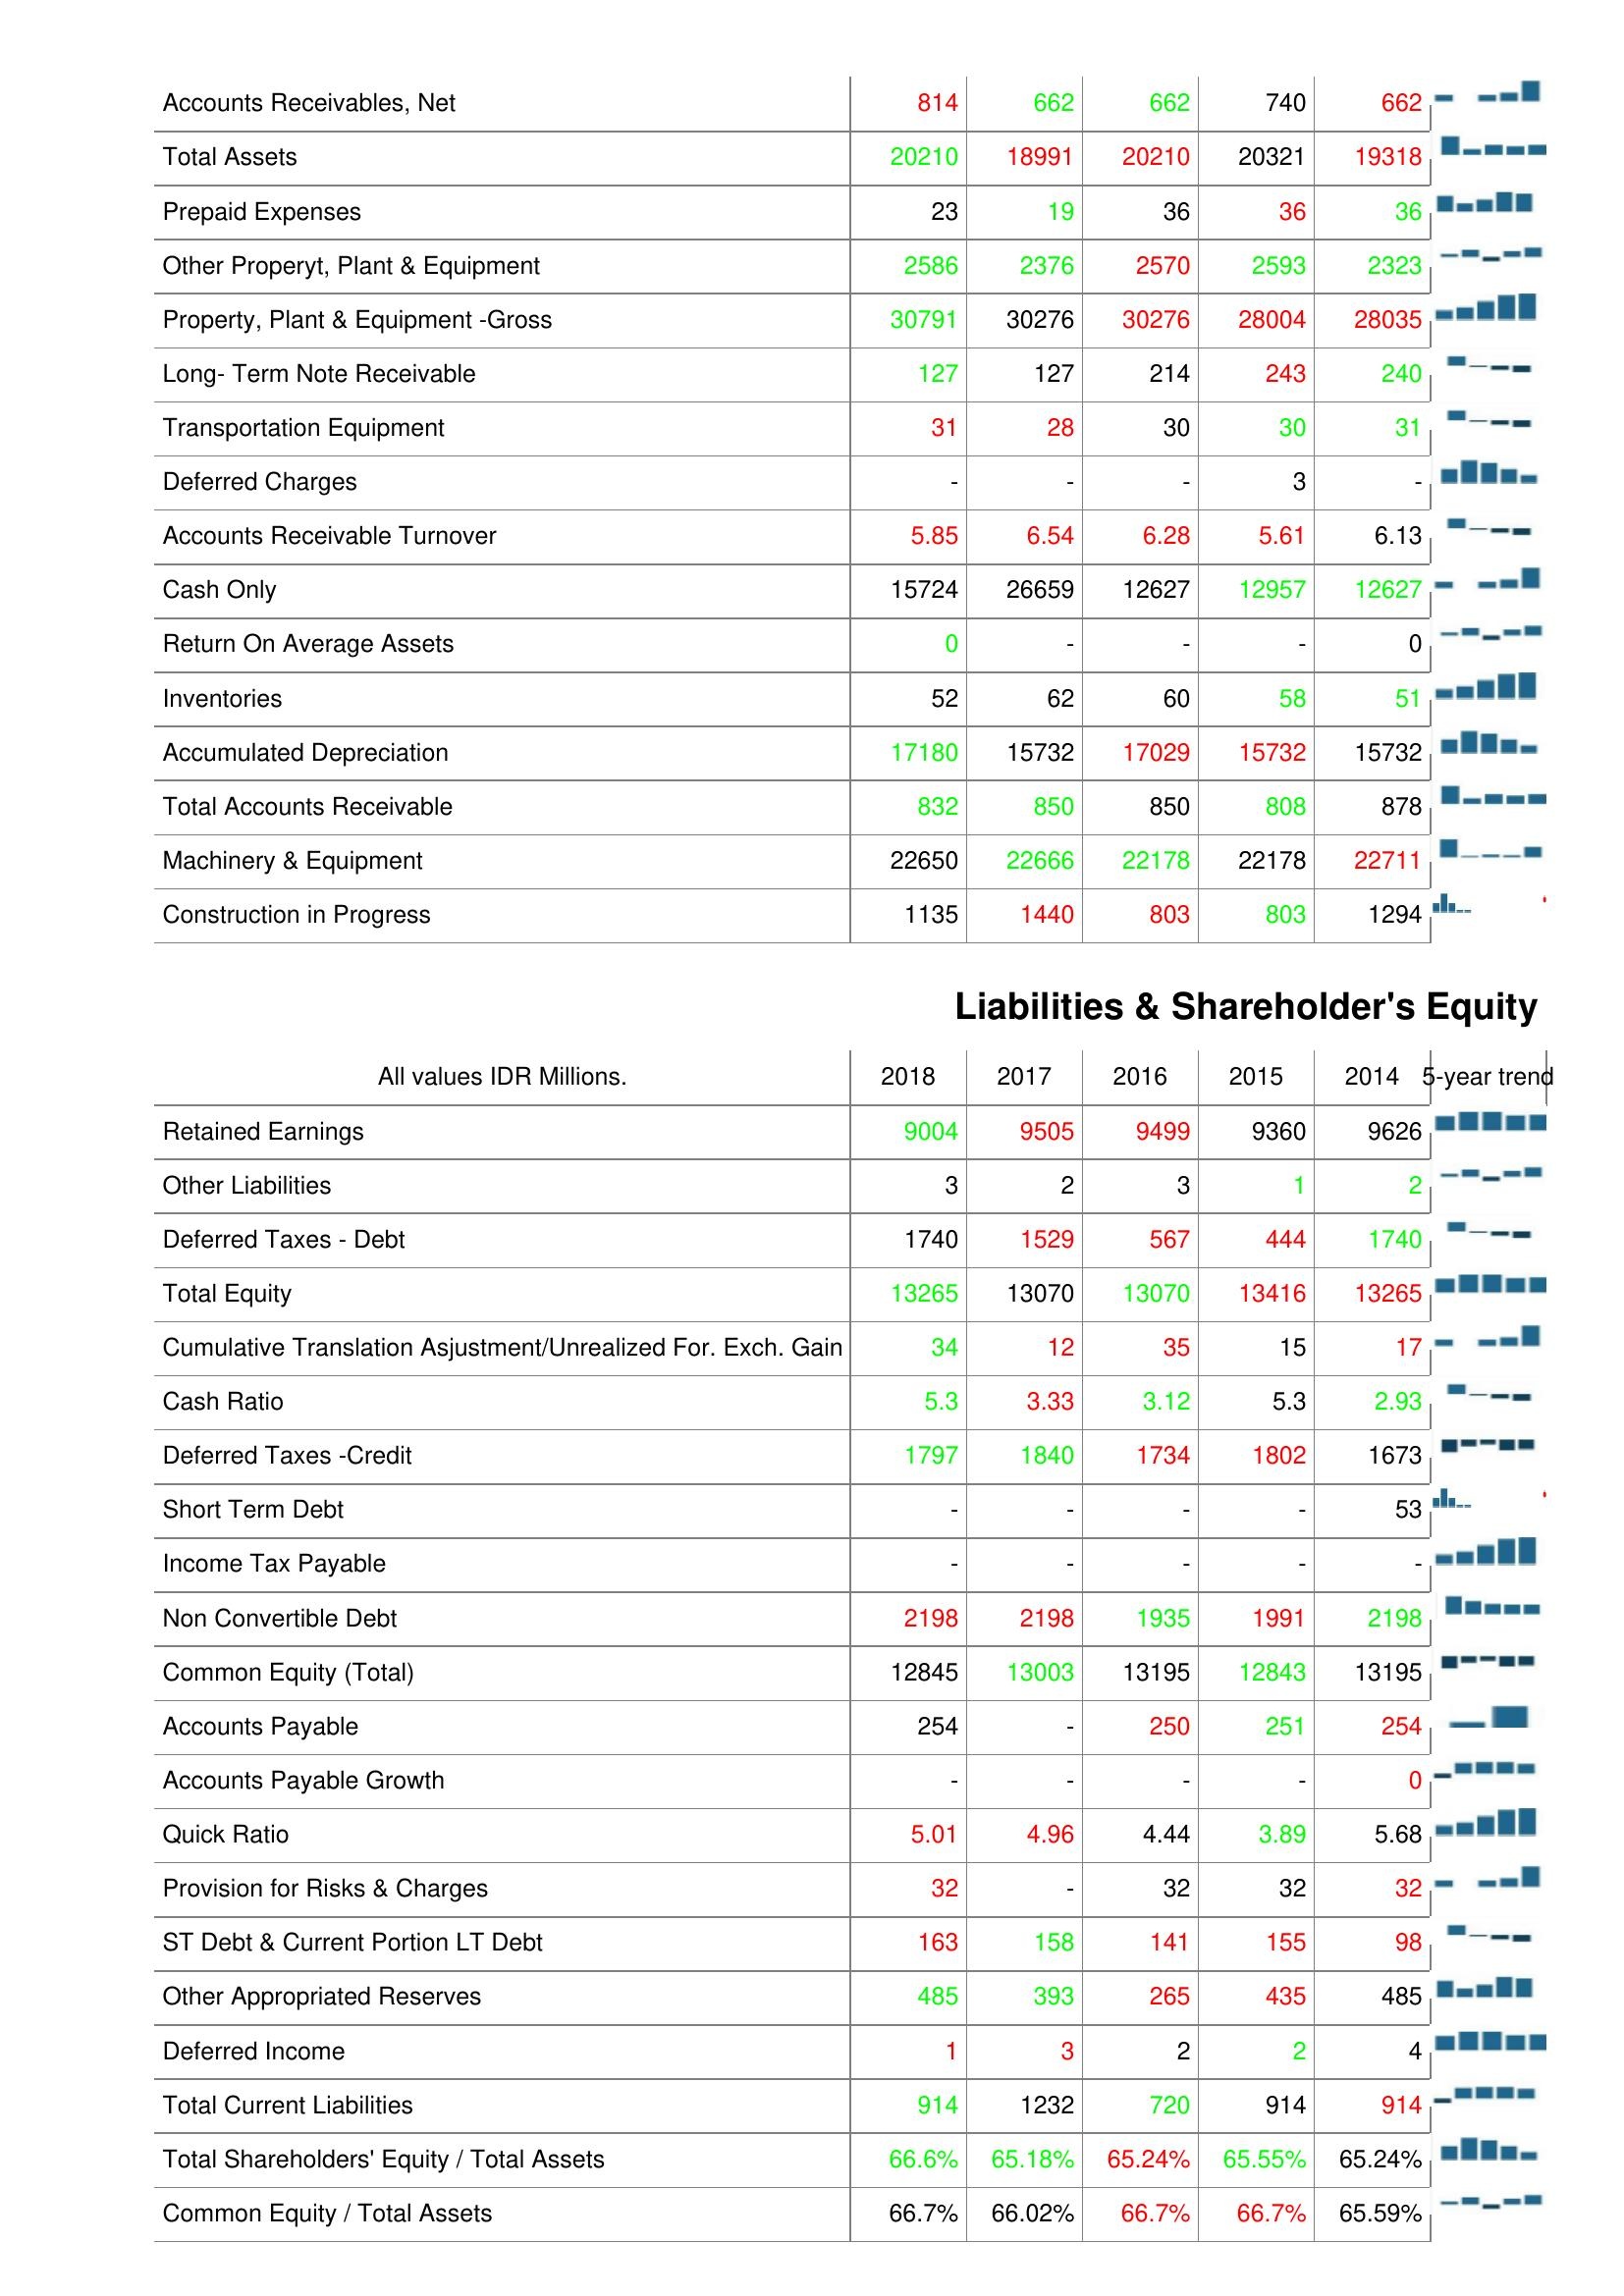
2018: Assets: Accounts Receivables, Net: 814
Total Assets: 20210
Prepaid Expenses: 23
Other Properyt, Plant & Equipment: 2586
Property, Plant & Equipment -Gross: 30791
Long- Term Note Receivable: 127
Transportation Equipment: 31
Deferred Charges: -
Accounts Receivable Turnover: 5.85
Cash Only: 15724
Return On Average Assets: 0
Inventories: 52
Accumulated Depreciation: 17180
Total Accounts Receivable: 832
Machinery & Equipment: 22650
Construction in Progress: 1135
Liabilities & Shareholder's Equity: Retained Earnings: 9004
Other Liabilities: 3
Deferred Taxes - Debt: 1740
Total Equity: 13265
Cumulative Translation Asjustment/Unrealized For. Exch. Gain: 34
Cash Ratio: 5.3
Deferred Taxes -Credit: 1797
Short Term Debt: -
Income Tax Payable: -
Non Convertible Debt: 2198
Common Equity (Total): 12845
Accounts Payable: 254
Accounts Payable Growth: -
Quick Ratio: 5.01
Provision for Risks & Charges: 32
ST Debt & Current Portion LT Debt: 163
Other Appropriated Reserves: 485
Deferred Income: 1
Total Current Liabilities: 914
Total Shareholders' Equity / Total Assets: 66.6%
Common Equity / Total Assets: 66.7%
2017: Assets: Accounts Receivables, Net: 662
Total Assets: 18991
Prepaid Expenses: 19
Other Properyt, Plant & Equipment: 2376
Property, Plant & Equipment -Gross: 30276
Long- Term Note Receivable: 127
Transportation Equipment: 28
Deferred Charges: -
Accounts Receivable Turnover: 6.54
Cash Only: 26659
Return On Average Assets: -
Inventories: 62
Accumulated Depreciation: 15732
Total Accounts Receivable: 850
Machinery & Equipment: 22666
Construction in Progress: 1440
Liabilities & Shareholder's Equity: Retained Earnings: 9505
Other Liabilities: 2
Deferred Taxes - Debt: 1529
Total Equity: 13070
Cumulative Translation Asjustment/Unrealized For. Exch. Gain: 12
Cash Ratio: 3.33
Deferred Taxes -Credit: 1840
Short Term Debt: -
Income Tax Payable: -
Non Convertible Debt: 2198
Common Equity (Total): 13003
Accounts Payable: -
Accounts Payable Growth: -
Quick Ratio: 4.96
Provision for Risks & Charges: -
ST Debt & Current Portion LT Debt: 158
Other Appropriated Reserves: 393
Deferred Income: 3
Total Current Liabilities: 1232
Total Shareholders' Equity / Total Assets: 65.18%
Common Equity / Total Assets: 66.02%
2016: Assets: Accounts Receivables, Net: 662
Total Assets: 20210
Prepaid Expenses: 36
Other Properyt, Plant & Equipment: 2570
Property, Plant & Equipment -Gross: 30276
Long- Term Note Receivable: 214
Transportation Equipment: 30
Deferred Charges: -
Accounts Receivable Turnover: 6.28
Cash Only: 12627
Return On Average Assets: -
Inventories: 60
Accumulated Depreciation: 17029
Total Accounts Receivable: 850
Machinery & Equipment: 22178
Construction in Progress: 803
Liabilities & Shareholder's Equity: Retained Earnings: 9499
Other Liabilities: 3
Deferred Taxes - Debt: 567
Total Equity: 13070
Cumulative Translation Asjustment/Unrealized For. Exch. Gain: 35
Cash Ratio: 3.12
Deferred Taxes -Credit: 1734
Short Term Debt: -
Income Tax Payable: -
Non Convertible Debt: 1935
Common Equity (Total): 13195
Accounts Payable: 250
Accounts Payable Growth: -
Quick Ratio: 4.44
Provision for Risks & Charges: 32
ST Debt & Current Portion LT Debt: 141
Other Appropriated Reserves: 265
Deferred Income: 2
Total Current Liabilities: 720
Total Shareholders' Equity / Total Assets: 65.24%
Common Equity / Total Assets: 66.7%
2015: Assets: Accounts Receivables, Net: 740
Total Assets: 20321
Prepaid Expenses: 36
Other Properyt, Plant & Equipment: 2593
Property, Plant & Equipment -Gross: 28004
Long- Term Note Receivable: 243
Transportation Equipment: 30
Deferred Charges: 3
Accounts Receivable Turnover: 5.61
Cash Only: 12957
Return On Average Assets: -
Inventories: 58
Accumulated Depreciation: 15732
Total Accounts Receivable: 808
Machinery & Equipment: 22178
Construction in Progress: 803
Liabilities & Shareholder's Equity: Retained Earnings: 9360
Other Liabilities: 1
Deferred Taxes - Debt: 444
Total Equity: 13416
Cumulative Translation Asjustment/Unrealized For. Exch. Gain: 15
Cash Ratio: 5.3
Deferred Taxes -Credit: 1802
Short Term Debt: -
Income Tax Payable: -
Non Convertible Debt: 1991
Common Equity (Total): 12843
Accounts Payable: 251
Accounts Payable Growth: -
Quick Ratio: 3.89
Provision for Risks & Charges: 32
ST Debt & Current Portion LT Debt: 155
Other Appropriated Reserves: 435
Deferred Income: 2
Total Current Liabilities: 914
Total Shareholders' Equity / Total Assets: 65.55%
Common Equity / Total Assets: 66.7%
2014: Assets: Accounts Receivables, Net: 662
Total Assets: 19318
Prepaid Expenses: 36
Other Properyt, Plant & Equipment: 2323
Property, Plant & Equipment -Gross: 28035
Long- Term Note Receivable: 240
Transportation Equipment: 31
Deferred Charges: -
Accounts Receivable Turnover: 6.13
Cash Only: 12627
Return On Average Assets: 0
Inventories: 51
Accumulated Depreciation: 15732
Total Accounts Receivable: 878
Machinery & Equipment: 22711
Construction in Progress: 1294
Liabilities & Shareholder's Equity: Retained Earnings: 9626
Other Liabilities: 2
Deferred Taxes - Debt: 1740
Total Equity: 13265
Cumulative Translation Asjustment/Unrealized For. Exch. Gain: 17
Cash Ratio: 2.93
Deferred Taxes -Credit: 1673
Short Term Debt: 53
Income Tax Payable: -
Non Convertible Debt: 2198
Common Equity (Total): 13195
Accounts Payable: 254
Accounts Payable Growth: 0
Quick Ratio: 5.68
Provision for Risks & Charges: 32
ST Debt & Current Portion LT Debt: 98
Other Appropriated Reserves: 485
Deferred Income: 4
Total Current Liabilities: 914
Total Shareholders' Equity / Total Assets: 65.24%
Common Equity / Total Assets: 65.59%